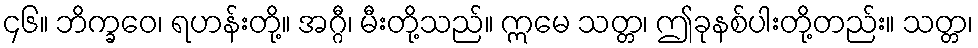
၄၆။ ဘိက္ခဝေ၊ ရဟန်းတို့။ အဂ္ဂီ၊ မီးတို့သည်။ ဣမေ သတ္တ၊ ဤခုနစ်ပါးတို့တည်း။ သတ္တ၊